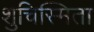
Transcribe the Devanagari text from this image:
शुचिस्मिता